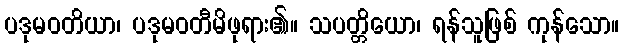
ပဒုမဝတိယာ၊ ပဒုမဝတီမိဖုရား၏။ သပတ္တိယော၊ ရန်သူဖြစ် ကုန်သော။